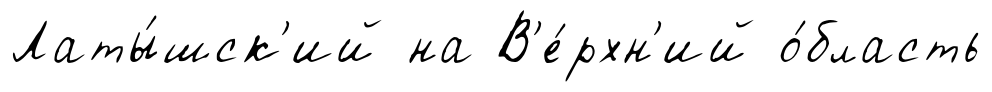
Латы́шск'ий на В'е́рхн'ий о́бласть